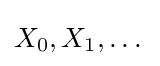
X_{0},X_{1},\dots